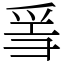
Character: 𤔌